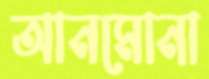
আনমোনা